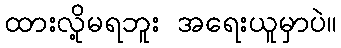
ထားလို့မရဘူး အရေးယူမှာပဲ။